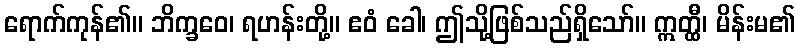
ရောက်ကုန်၏။ ဘိက္ခဝေ၊ ရဟန်းတို့။ ဧဝံ ခေါ၊ ဤသို့ဖြစ်သည်ရှိသော်။ ဣတ္ထီ၊ မိန်းမ၏